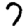
Digit: 7